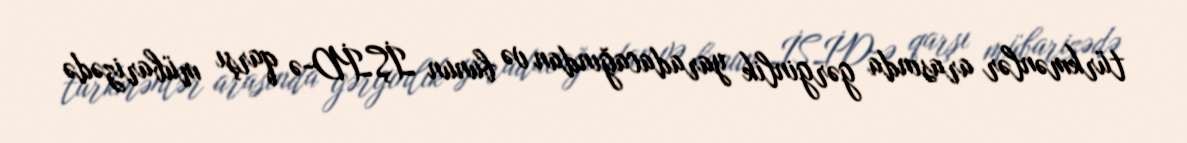
türkmənlər arasında gərginlik yaradacağından və bunun İŞİD-ə qarşı mübarizədə